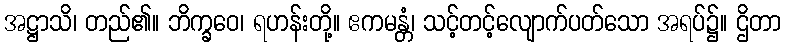
အဋ္ဌာသိ၊ တည်၏။ ဘိက္ခဝေ၊ ရဟန်းတို့။ ဧကမန္တံ၊ သင့်တင့်လျောက်ပတ်သော အရပ်၌။ ဌိတာ